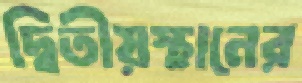
দ্বিতীয়স্থানের